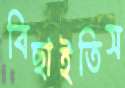
বিছাইতিস